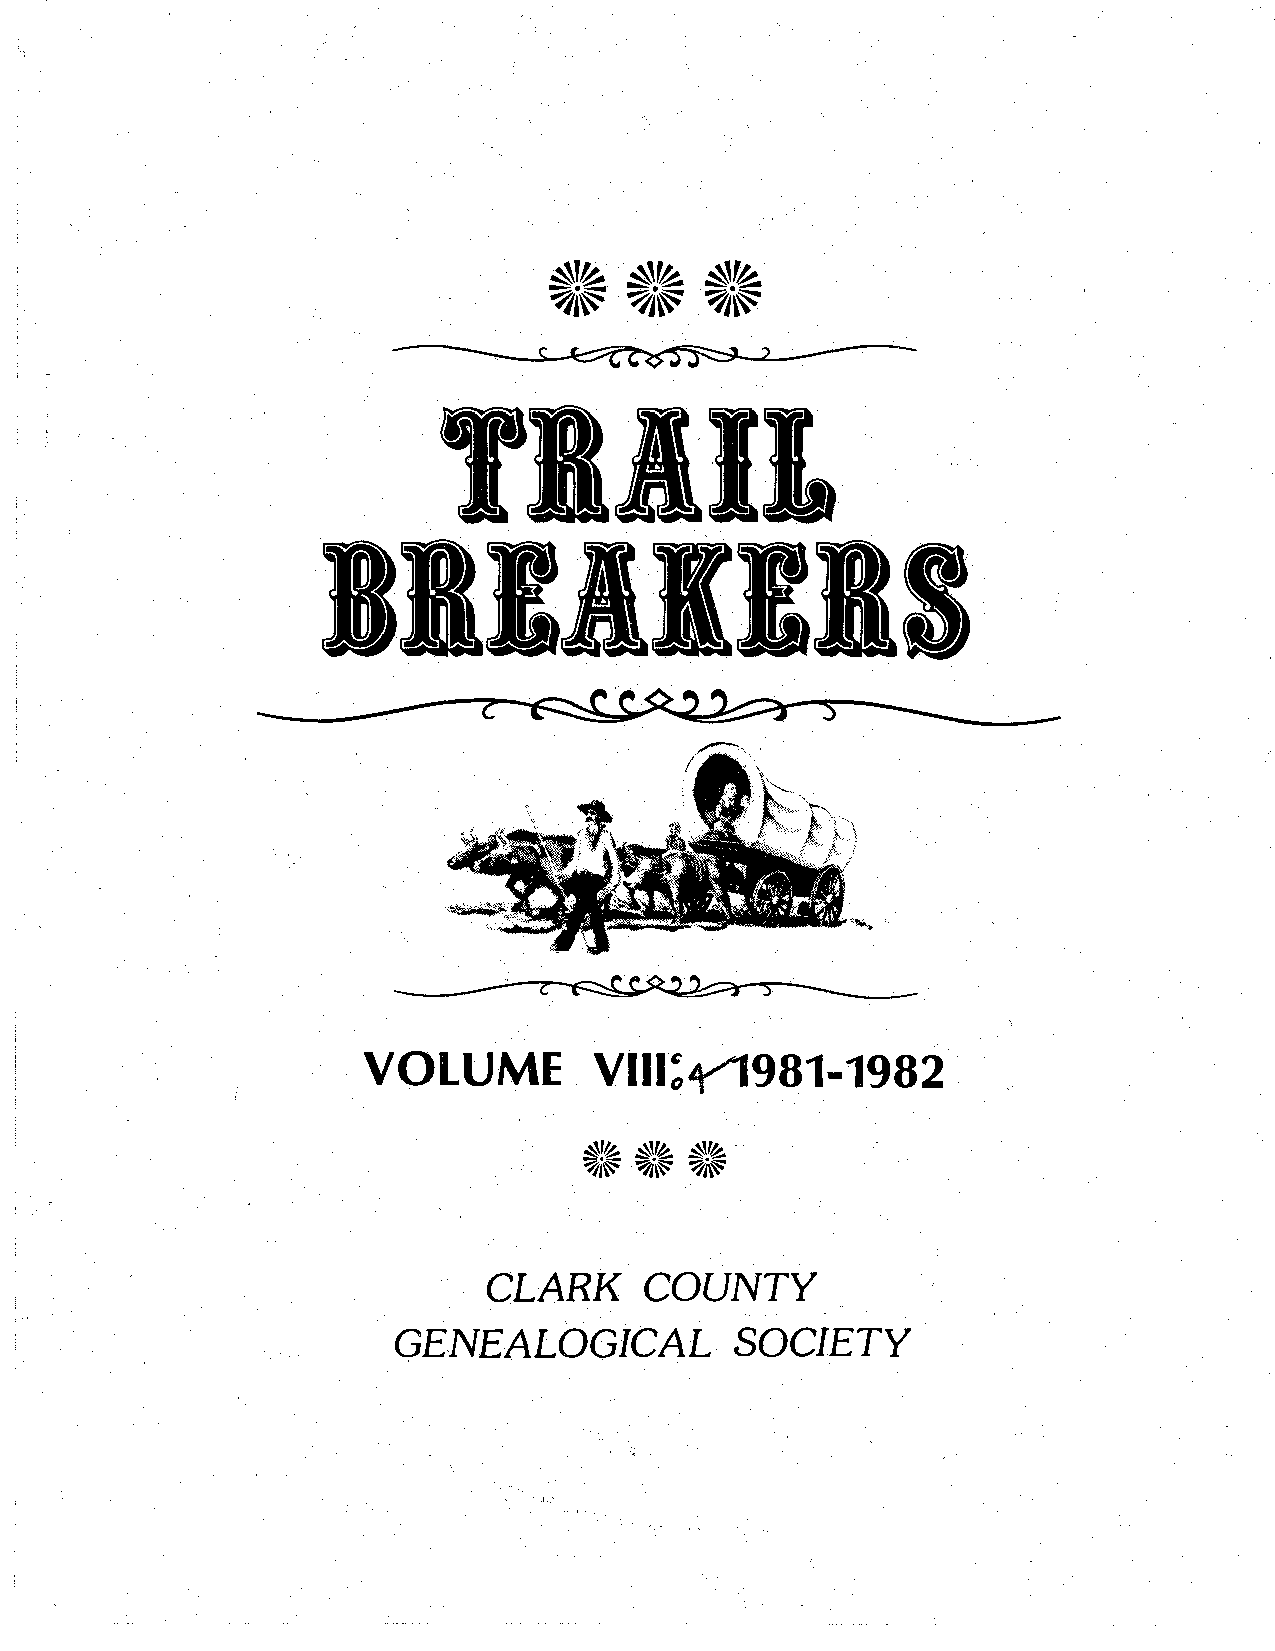
TBIIL
 I    B      I    I   I    I   B       S
 · VOLUME       · Vlll:tY1981-1982
 CLARK      COUNTY
 GENEALOGICAL           SOCIETY